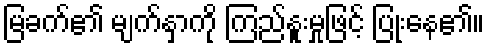
မြခက်၏ မျက်နှာကို ကြည်နူးမှုဖြင့် ပြုံးနေ၏။